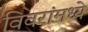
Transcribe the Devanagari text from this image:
विवरांमध्ये